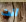
انت